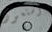
وستعود